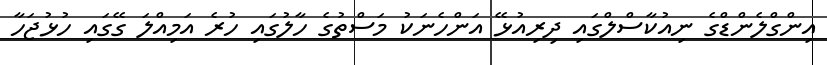
އިންގްލެންޑްގެ ނިއުކާސްލްގައި ދިރިއުޅޭ އަންހެނަކު މަސްތުގެ ހާލުގައި ހުރެ އަމިއްލަ ގޭގައި ހުޅުޖަހާ